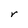
Character: r